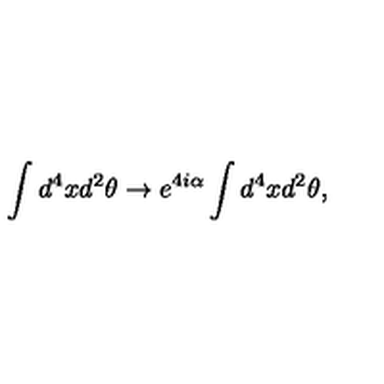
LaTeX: \int d ^ { 4 } x d ^ { 2 } \theta \to e ^ { 4 i \alpha } \int d ^ { 4 } x d ^ { 2 } \theta ,